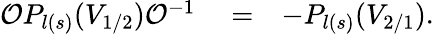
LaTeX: \begin{array}{rlr}{{\cal{O}}P_{l(s)}(V_{1/2}){\cal{O}}^{-1}}&{{}=}&{-P_{l(s)}(V_{2/1}).}\end{array}